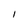
Character: 1